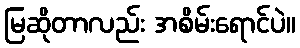
မြဆိုတာလည်း အစိမ်းရောင်ပဲ။